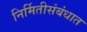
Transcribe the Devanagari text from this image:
निर्मितीसंबंधात